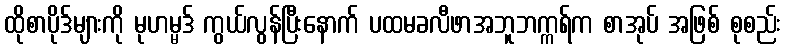
ထိုစာပိုဒ်များကို မုဟမ္မဒ် ကွယ်လွန်ပြီးနောက် ပထမခလီဖာအဘူဘက္ကရ်က စာအုပ် အဖြစ် စုစည်း